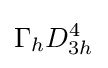
\Gamma _{h}D_{3h}^{4}